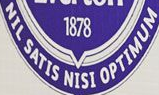
NIL SATIS NISI OPTIMUM